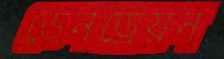
ডেনড্রেয়ন